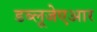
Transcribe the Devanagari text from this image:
डब्लूजेएआर